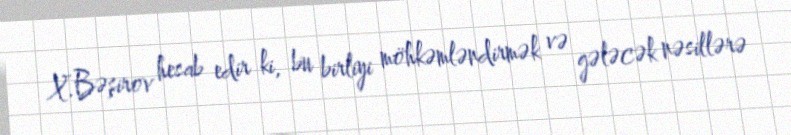
X.Bəşirov hesab edir ki, bu birliyi möhkəmləndirmək və gələcək nəsillərə